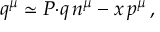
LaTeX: k \left( a ( q ^ { 2 } ) , { \tilde { u } } _ { i } \right) = a ( p _ { i } ^ { 2 } ) / a ( q ^ { 2 } ) \qquad \mathrm { w h e r e : ~ } \ \ln ( p _ { i } ^ { 2 } / q ^ { 2 } ) = { \tilde { u } } _ { i } ( q ^ { 2 } ) \ .